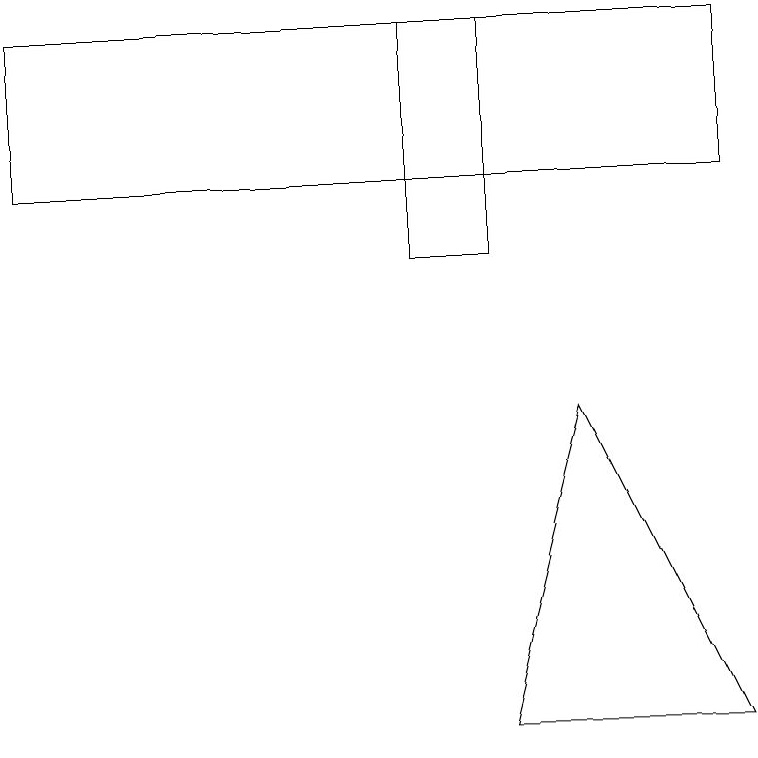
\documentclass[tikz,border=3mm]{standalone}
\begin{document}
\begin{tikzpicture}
\draw (6,14) rectangle (5,11);
\draw (0,14) rectangle (9,12);
\draw (6,5) -- (9,5) -- (7,9) -- cycle;
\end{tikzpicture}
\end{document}